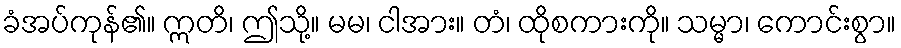
ခံအပ်ကုန်၏။ ဣတိ၊ ဤသို့။ မမ၊ ငါအား။ တံ၊ ထိုစကားကို။ သမ္မာ၊ ကောင်းစွာ။